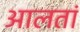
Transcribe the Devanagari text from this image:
आलतां